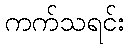
ကက်သရင်း